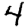
Digit: 4